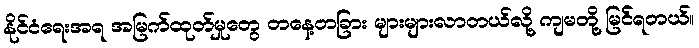
နိုင်ငံရေးအရ အမြက်ထုတ်မှုတွေ တနေ့တခြား များများလာတယ်လို့ ကျမတို့ မြင်ရတယ်။